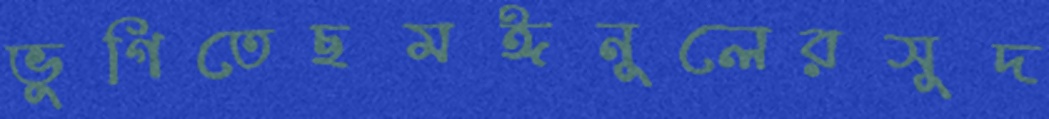
ভুগিতেছমঈনুলেরসুদ